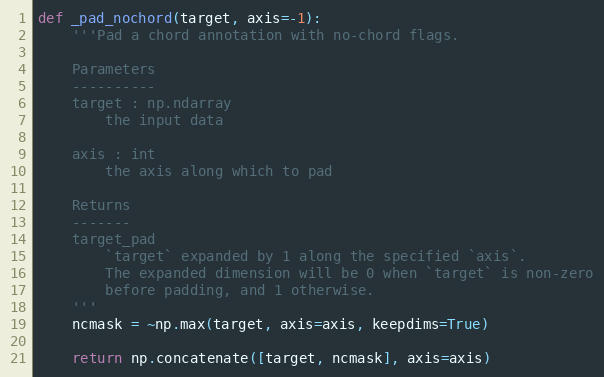
Language: Python
def _pad_nochord(target, axis=-1):
    '''Pad a chord annotation with no-chord flags.

    Parameters
    ----------
    target : np.ndarray
        the input data

    axis : int
        the axis along which to pad

    Returns
    -------
    target_pad
        `target` expanded by 1 along the specified `axis`.
        The expanded dimension will be 0 when `target` is non-zero
        before padding, and 1 otherwise.
    '''
    ncmask = ~np.max(target, axis=axis, keepdims=True)

    return np.concatenate([target, ncmask], axis=axis)